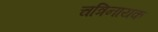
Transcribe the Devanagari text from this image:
चत्रिनायक